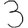
Digit: 3